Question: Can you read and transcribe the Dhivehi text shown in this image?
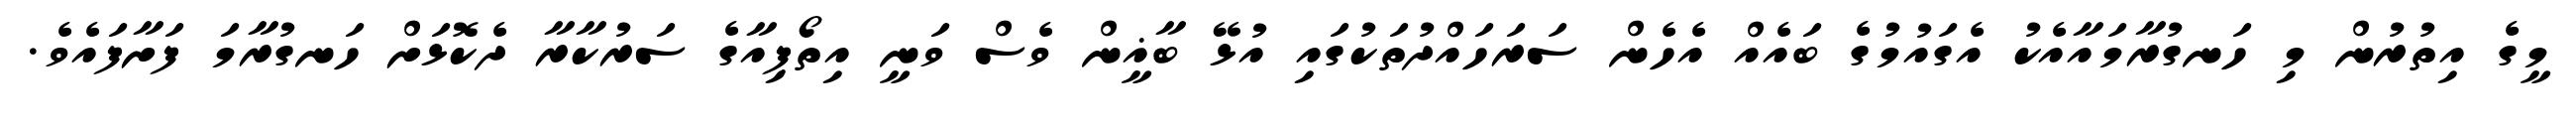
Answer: މީގެ އިތުރުން މި ހަނގުރާމައާއެކު އެގައުމުގެ ބައެއް އެހެން ސަރަހައްދުތަކުގައި އުޅޭ ބާޣީން ވެސް ވަނީ އިތޯޕިއާގެ ސަރުކާރާ ދެކޮޅަށް ހަނގުރާމަ ފަށާފައެވެ.